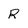
Character: R